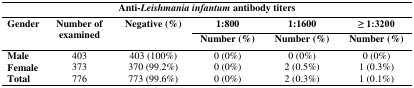
| <COLSPAN=6> Anti-Leishmania infantum antibody titers |
 | <ROWSPAN=3> Gender | <ROWSPAN=3> Number of examined | <ROWSPAN=3> Negative (%) | 1:800 | 1:1600 | ≥1:3200 |
 | Number (%) | Number (%) | Number (%) |
 | --- | --- | --- | --- | --- | --- |
 | Male | 403 | 403 (100%) | 0 (0%) | 0 (0%) | 0 (0%) |
 | Female | 373 | 370 (99.2%) | 0 (0%) | 2 (0.5%) | 1 (0.3%) |
 | Total | 776 | 773 (99.6%) | 0 (0%) | 2 (0.3%) | 1 (0.1%) |